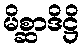
မိစ္ဆာဒိဋ္ဌိ